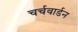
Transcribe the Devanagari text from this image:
चर्चवार्डन